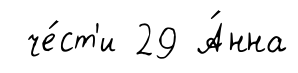
че́ст'и 29 А́нна